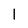
Character: l